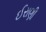
ઈરાણી